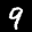
Label: 9